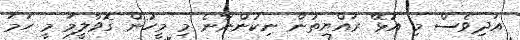
އަދިވެސް މި އުޅޭ ރައްޔިތުން ނިކުންނާނެ މި މީހުން ގޮވާލީމަ މީ ހަމަ